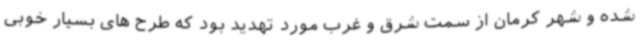
شده و شهر کرمان از سمت شرق و غرب مورد تهدید بود که طرح های بسیار خوبی